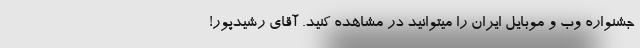
جشنواره وب و موبایل ایران را میتوانید در مشاهده کنید. آقای رشیدپور!